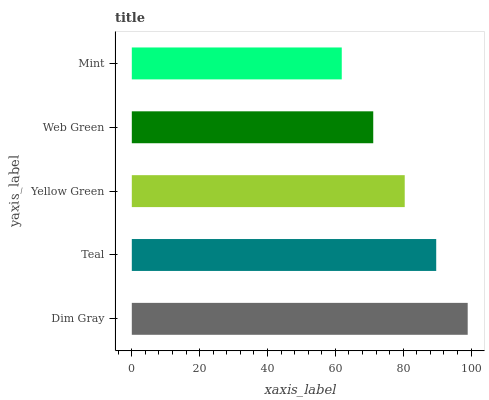
| yaxis_label | bars |
 | --- | --- |
 | Dim Gray | 99 |
 | Teal | 89.7 |
 | Yellow Green | 80.4 |
 | Web Green | 71.2 |
 | Mint | 61.9 |